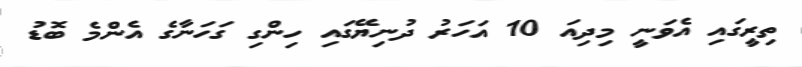
ތިރީގައި އެވަނީ މިދިއަ 10 އަހަރު ދުނިޔޭގައި ހިންގި ގަހަނާގެ އެންމެ ބޮޑު